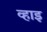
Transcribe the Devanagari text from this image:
व्हाइ